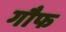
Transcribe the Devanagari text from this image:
गौफ